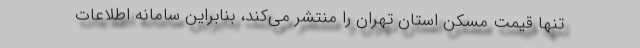
تنها قیمت مسکن استان تهران را منتشر می‌کند، بنابراین سامانه اطلاعات